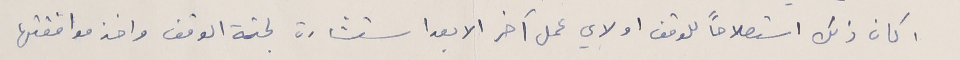
اكان ذلك استصلاحاً للوقف او لاي عمل آخر الا بعد استشارة لجنة الوقف واخذ موافقتها